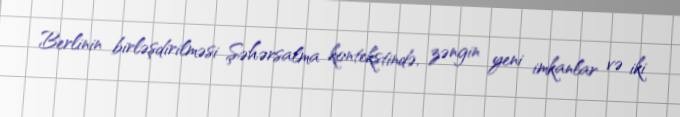
Berlinin birləşdirilməsi Şəhərsalma kontekstində, zəngin yeni imkanlar və iki